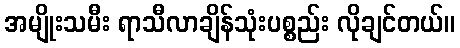
အမျိုးသမီး ရာသီလာချိန်သုံးပစ္စည်း လိုချင်တယ်။